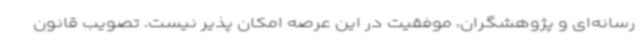
رسانه‌ای و پژوهشگران، موفقیت در این عرصه امکان پذیر نیست. تصویب قانون